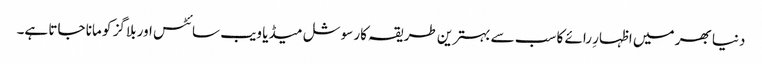
دنیا بھر میں اظہارِ رائے کا سب سے بہترین طریقہ کار سوشل میڈیا ویب سائٹس اور بلاگز کو مانا جاتا ہے۔